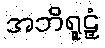
အဘိရူဠှံ